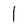
Character: 1